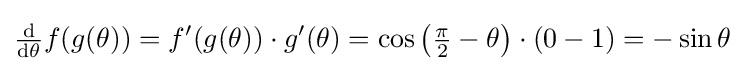
{\tfrac {\operatorname {d} }{\operatorname {d} \!\theta }}f\!\left(g\!\left(\theta \right)\right)=f^{\prime }\!\left(g\!\left(\theta \right)\right)\cdot g^{\prime }\!\left(\theta \right)=\cos \left({\tfrac {\pi }{2}}-\theta \right)\cdot (0-1)=-\sin \theta